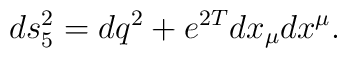
ds_5^2  = dq^2 + e^{2T}dx_{\mu}dx^{\mu}.